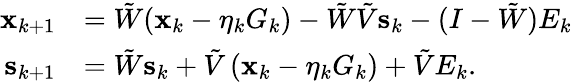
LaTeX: \begin{array}{rl}{\mathbf{x}_{k+1}}&{=\tilde{W}(\mathbf{x}_{k}-\eta_{k}G_{k})-\tilde{W}\tilde{V}\mathbf{s}_{k}-(I-\tilde{W})E_{k}}\\ {\mathbf{s}_{k+1}}&{=\tilde{W}\mathbf{s}_{k}+\tilde{V}\left(\mathbf{x}_{k}-\eta_{k}G_{k}\right)+\tilde{V}E_{k}.}\end{array}